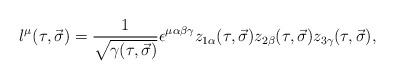
LaTeX: \begin{align*}l^\mu(\tau,\vec{\sigma})=\frac{1}{\sqrt{\gamma(\tau,\vec{\sigma})}}\epsilon^{\mu\alpha\beta\gamma} z_{1\alpha}(\tau,\vec{\sigma})z_{2\beta}(\tau,\vec{\sigma}) z_{3\gamma}(\tau,\vec{\sigma}), \end{align*}